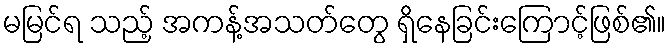
မမြင်ရ သည့် အကန့်အသတ်တွေ ရှိနေခြင်းကြောင့်ဖြစ်၏။